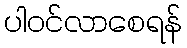
ပါဝင်လာစေရန်